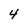
Character: 4